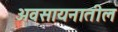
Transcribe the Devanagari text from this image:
अवसायनातील